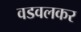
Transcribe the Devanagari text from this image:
वडवलकर